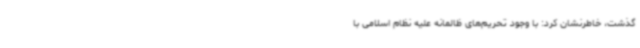
گذشت، خاطرنشان کرد: با وجود تحریم‌های ظالمانه علیه نظام اسلامی با